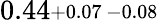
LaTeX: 0.44\substack{+0.07\, -0.08}